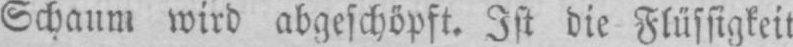
Schaum wird abgeschöpft. Ist die Flüssigkeit